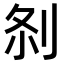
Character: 𠛴